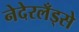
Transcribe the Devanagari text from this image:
नेदेरलँड्से